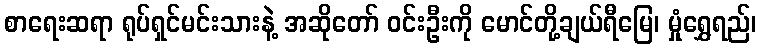
စာရေးဆရာ ရုပ်ရှင်မင်းသားနဲ့ အဆိုတော် ဝင်းဦးကို မောင်တို့ချယ်ရီမြေ၊ မှုံရွှေရည်၊